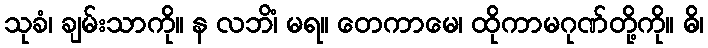
သုခံ၊ ချမ်းသာကို။ န လဘိံ၊ မရ။ တေကာမေ၊ ထိုကာမဂုဏ်တို့ကို။ ဓိ၊